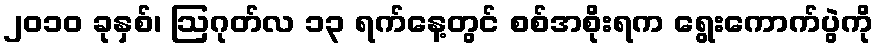
၂၀၁၀ ခုနှစ်၊ ဩဂုတ်လ ၁၃ ရက်နေ့တွင် စစ်အစိုးရက ရွေးကောက်ပွဲကို